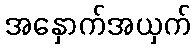
အနှောက်အယှက်